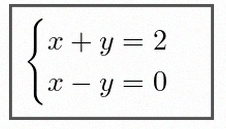
\begin{cases}x+y=2\\x-y=0\end{cases}